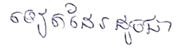
ទៀតដែរដូចជា